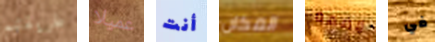
طريقتهم عميلا أنت المكان قضمة في